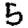
Digit: 5